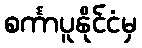
စင်္ကာပူနိုင်ငံမှ